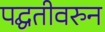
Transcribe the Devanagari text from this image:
पद्घतीवरुन